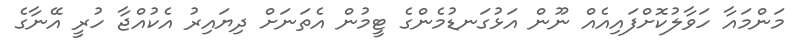
މަންމައާ ހަވާލުކޮށްފައިއެއް ނޫން އަޅުގަނޑުމެންގެ ޓީމުން އެތަނަށް ދިޔައިރު އެކުއްޖާ ހުރީ އޭނާގެ